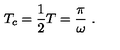
T _ { c } = \frac { 1 } { 2 } T = \frac { \pi } { \omega } \ .